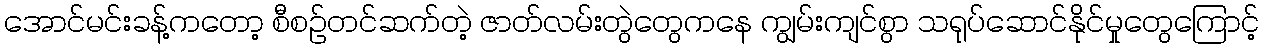
အောင်မင်းခန့်ကတော့ စီစဉ်တင်ဆက်တဲ့ ဇာတ်လမ်းတွဲတွေကနေ ကျွမ်းကျင်စွာ သရုပ်ဆောင်နိုင်မှုတွေကြောင့်